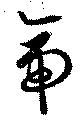
帝